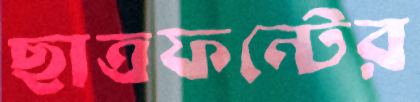
ছাত্রফন্টের